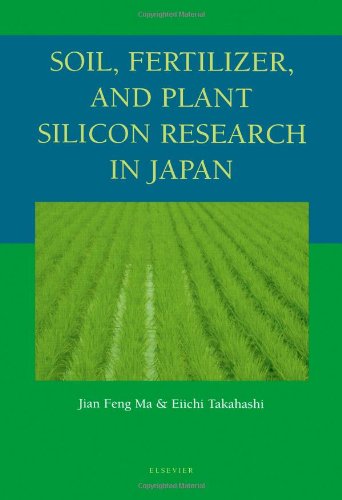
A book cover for Soil, Fertilizer, and Plant Silicon Research in Japan; Jian Feng Ma; Crafts, Hobbies & Home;